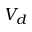
V _ { d }